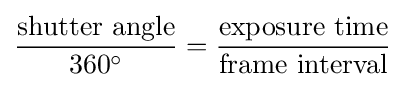
{\frac {\text{shutter angle}}{360^{\circ }}}={\frac {\text{exposure time}}{\text{frame interval}}}